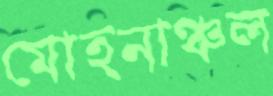
মোহনাঞ্চল